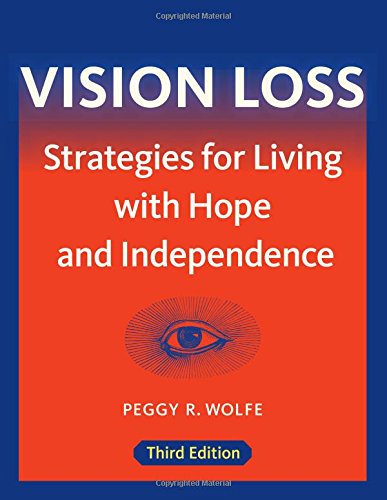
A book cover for Vision Loss: Strategies for Living with Hope and Independence; Peggy R. Wolfe; Health, Fitness & Dieting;